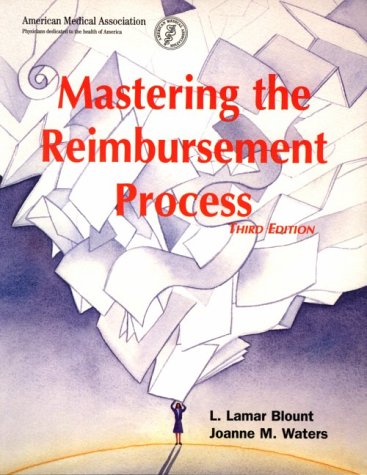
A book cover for Mastering the Reimbursement Process (Billing and Compliance); L. Lamar Blount; Medical Books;